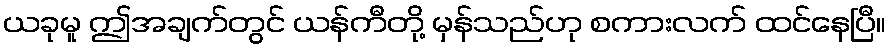
ယခုမူ ဤအချက်တွင် ယန်ကီတို့ မှန်သည်ဟု စကားလက် ထင်နေပြီ။